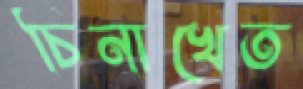
চিনাখেত